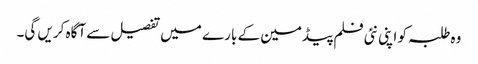
وہ طلبہ کو اپنی نئی فلم پیڈمین کے بارے میں تفصیل سے آگاہ کریں گی۔